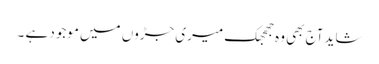
شاید آج بھی وہ جھجھک میری جڑوں میں موجود ہے ۔